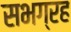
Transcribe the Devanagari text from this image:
सभग्रह